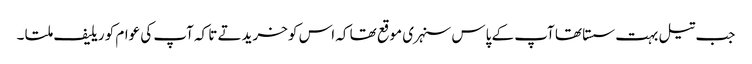
جب تیل بہت سستا تھا آپ کے پاس سنہری موقع تھا کہ اس کو خریدتے تا کہ آپ کی عوام کو ریلیف ملتا ۔